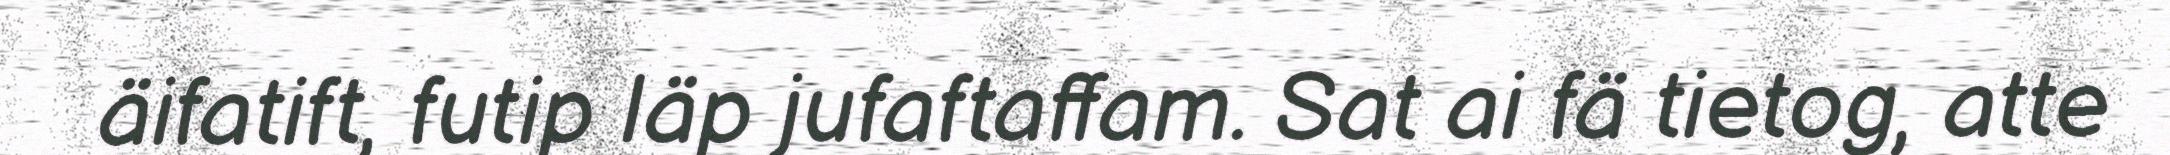
äifatift, futip läp jufaftaffam. Sat ai fä tietog, atte